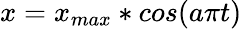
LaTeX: x=x_{max}*cos(a{\pi}t)